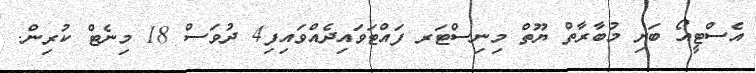
އެސްޓީއޯ ބަށި މުބާރާތް ޔޫތް މިނިސްޓަރ ފައްޓަވައިދެއްވައިފި4 ދުވަސް 18 މިނެޓް ކުރިން.